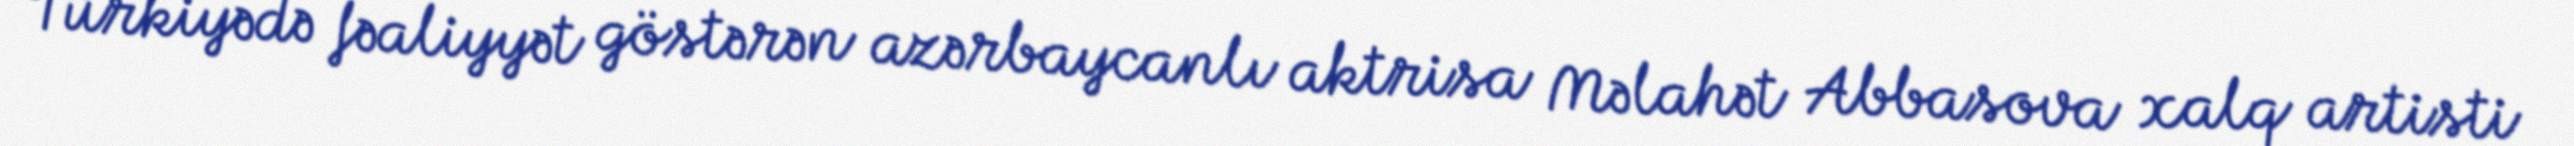
Türkiyədə fəaliyyət göstərən azərbaycanlı aktrisa Məlahət Abbasova xalq artisti